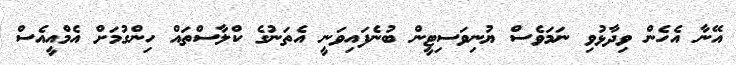
އޭނާ އެހެން ވިދާޅުވި ނަމަވެސް ޔުނިވަސިޓީން ބުނެފައިވަނީ އެތަނުގެ ކްލާސްތައް ހިންގުމަށް އެމްއީއެސް